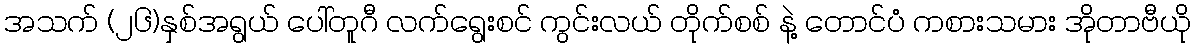
အသက် (၂၆)နှစ်အရွယ် ပေါ်တူဂီ လက်ရွေးစင် ကွင်းလယ် တိုက်စစ် နဲ့ တောင်ပံ ကစားသမား အိုတာဗီယို